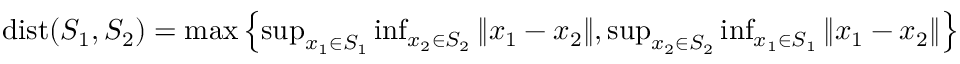
\begin{array} { r } { \mathrm { d i s t } ( S _ { 1 } , S _ { 2 } ) = \operatorname* { m a x } \left\{ \operatorname* { s u p } _ { x _ { 1 } \in S _ { 1 } } \operatorname* { i n f } _ { x _ { 2 } \in S _ { 2 } } \Vert x _ { 1 } - x _ { 2 } \Vert , \operatorname* { s u p } _ { x _ { 2 } \in S _ { 2 } } \operatorname* { i n f } _ { x _ { 1 } \in S _ { 1 } } \Vert x _ { 1 } - x _ { 2 } \Vert \right\} } \end{array}